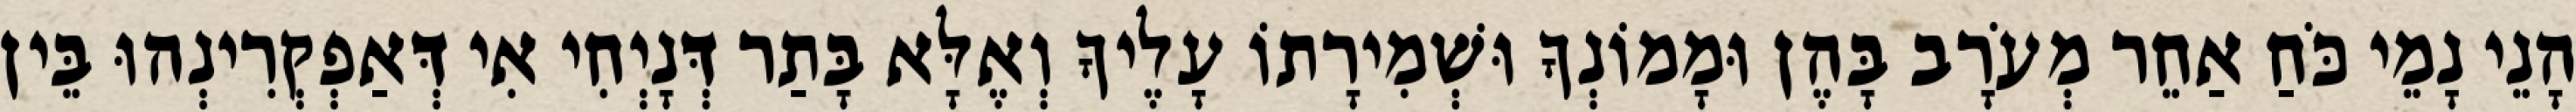
הָנֵי נָמֵי כֹּחַ אַחֵר מְעֹרָב בָּהֶן וּמָמוֹנְךָ וּשְׁמִירָתוֹ עָלֶיךָ וְאֶלָּא בָּתַר דְּנָיְחִי אִי דְּאַפְקְרִינְהוּ בֵּין